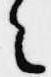
々